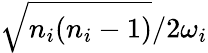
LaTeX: {\sqrt{n_{i}(n_{i}-1)}}/{2\omega_{i}}